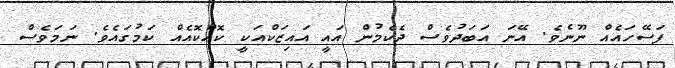
ފަސޭހައެއް ނޫނެވެ. އޭނަ އަބަދުވެސް ދެކެމުން އައީ އައިޒަކްއަކީ ކޮއްކޮއެއް ކަމުގައެވެ. ނަމަވެސް